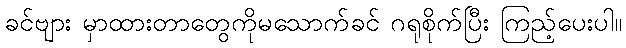
ခင်ဗျား မှာထားတာတွေကိုမသောက်ခင် ဂရုစိုက်ပြီး ကြည့်ပေးပါ။